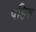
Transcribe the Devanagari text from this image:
पहिरु